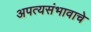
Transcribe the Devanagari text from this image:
अपत्यसंभावाचे